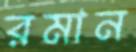
রমান